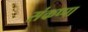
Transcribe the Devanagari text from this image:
संकप्पा